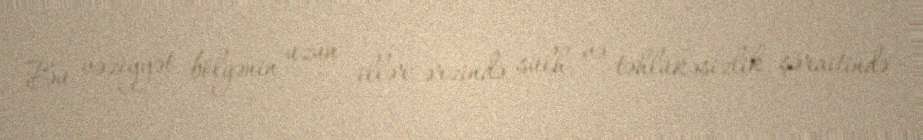
Bu vəziyyət bölgənin uzun illər ərzində sülh və təhlükəsizlik şəraitində